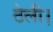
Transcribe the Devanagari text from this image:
ठेली।